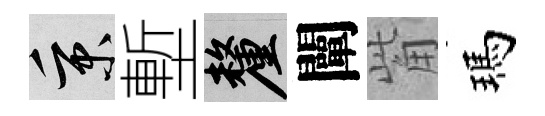
秉塹厘闡觜瑪